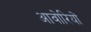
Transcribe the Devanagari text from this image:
आवोरियों